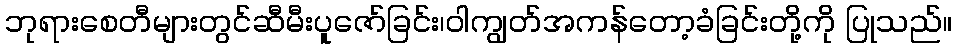
ဘုရားစေတီများတွင်ဆီမီးပူဇော်ခြင်း၊ဝါကျွတ်အကန်တော့ခံခြင်းတို့ကို ပြုသည်။